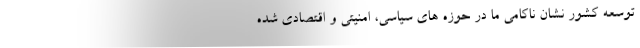
توسعه کشور نشان ناکامی ما در حوزه های سیاسی، امنیتی و اقتصادی شده